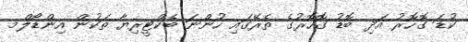
ކުޑަ ގޮހޮރު އަދި ބޮޑު ގޮހޮރުގެ ތެރޭގައި ހުންނަ ބެކްޓީރިޔާ ތަކުން އިންޑޯލްމ